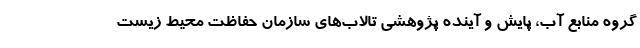
گروه منابع آب، پایش و آینده پژوهشی تالاب‌های سازمان حفاظت محیط زیست